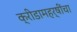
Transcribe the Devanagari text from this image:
क्रीडामहर्षींचा